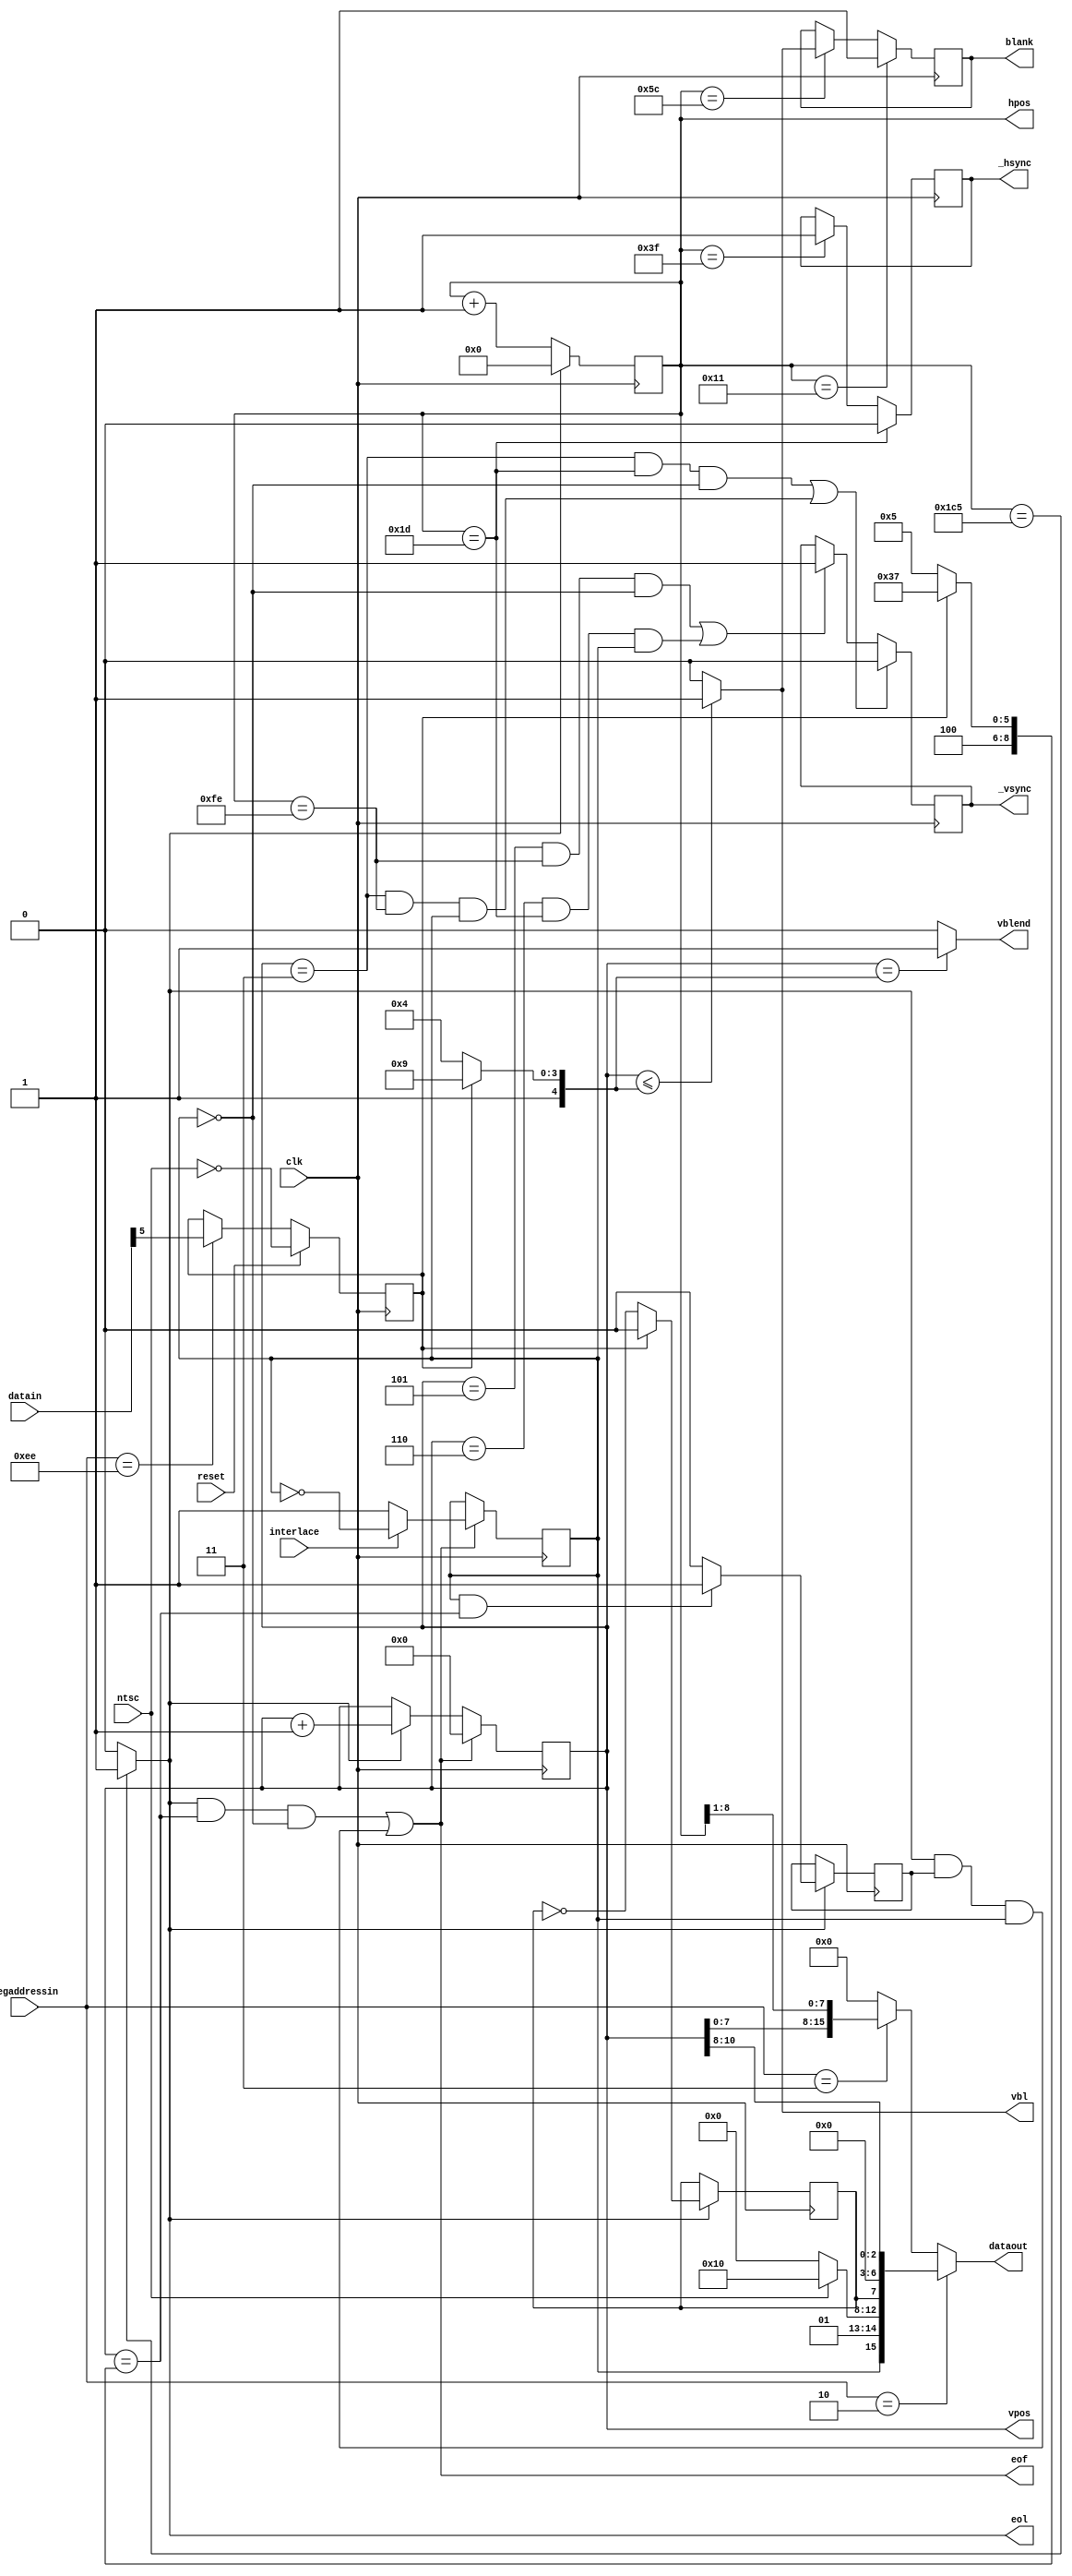
// Copyright 2006, 2007 Dennis van Weeren
//
// This file is part of Minimig
//
// Minimig is free software; you can redistribute it and/or modify
// it under the terms of the GNU General Public License as published by
// the Free Software Foundation; either version 3 of the License, or
// (at your option) any later version.
//
// Minimig is distributed in the hope that it will be useful,
// but WITHOUT ANY WARRANTY; without even the implied warranty of
// MERCHANTABILITY or FITNESS FOR A PARTICULAR PURPOSE.  See the
// GNU General Public License for more details.
//
// You should have received a copy of the GNU General Public License
// along with this program.  If not, see <http://www.gnu.org/licenses/>.
//
//JB:
// 2008-03-14		- moving beamcounter to a separate file
//					- pal/ntsc switching, NTSC doesn't use short/long line toggling,all lines are short like in PAL (227 CCK's)
//					- composite blanking use hblank which is combined with vblank

//beam counters and sync generator
module beamcounter
(
	input	clk,				//bus clock
	input	reset,				//reset
	input	interlace,			//interlace enable
	input	ntsc,				//ntsc mode switch
	input	[15:0]datain,		//bus data in
	output	reg [15:0]dataout,//bus data out
	input 	[8:1]regaddressin,//register address inputs
	output	reg [8:0]hpos,	//horizontal (low resolution) beam counter
	output	reg [10:0]vpos,	//vertical beam counter
	output	reg _hsync,		//horizontal sync
	output	reg _vsync,		//vertical sync
	output	blank,				//video blanking
	output	vbl,				//vertical blanking
	output	vblend,				//last line of vertival blanking
	output	eol,				//start of video line (active during last pixel of previous line) 
	output	eof					//start of video frame (active during last pixel of previous frame)
);


//local signals for beam counters and sync generator
reg		hblank;			//horizontal blanking
wire	vblank;			//vertical blanking

reg		lof;			//1=long frame (313 lines), 0=normal frame (312 lines)
reg		pal;			//pal mode switch
reg		lol;			//long line signal for NTSC compatibility

//register names and adresses		
parameter VPOSR = 9'h004;
parameter VHPOSR = 9'h006;
parameter BEAMCON0 = 9'h1DC;

parameter	hbstrt  = 17;			// horizontal blanking start
parameter	hsstrt  = 29;			// front porch = 1.6us (29)
parameter	hsstop  = 63;			// hsync pulse duration = 4.7us (63)
parameter	hbstop  = 92;			// back porch = 4.7us (103) shorter blanking for overscan visibility
parameter	hcenter = 254;			// position of vsync pulse during the long field of interlaced screen
parameter	htotal  = 453;			// line length = 227 colour clocks in PAL (in NTSC 227.5 colour clocks: not supported)
parameter	vsstrt  = 3;			//vertical sync start
parameter	vsstop  = 5;			// pal vsync width: 2.5 lines (NTSC: 3 lines - not implemented)
parameter	vbstrt  = 0;			//vertical blanking start

wire	[8:0]vtotal;		//total number of lines less one
wire	[8:0]vbstop;		//vertical blanking stop

assign	vtotal  = pal ? 312-1 : 262-1;	//total number of lines (PAL: 312 lines, NTSC: 262)
assign	vbstop  = pal ? 25 : 20;	//vertical blanking end (PAL 26 lines, NTSC vblank 21 lines)
//A4k test: first visible line $1A (PAL) or $15 (NTSC)
//sprites fetched on line $19 (PAL) or $14 (NTSC)

//--------------------------------------------------------------------------------------
//beamcounter read registers VPOSR and VHPOSR
always @(regaddressin or lof or vpos or hpos or ntsc)
	if(regaddressin[8:1]==VPOSR[8:1])
		dataout[15:0] = {lof,ntsc?7'h30:7'h20,lol,4'b0000,vpos[10:8]};
	else	if(regaddressin[8:1]==VHPOSR[8:1])
		dataout[15:0] = {vpos[7:0],hpos[8:1]};
	else
		dataout[15:0]=0;
		
//BEAMCON0 register
always @(posedge clk)
	if (reset)
		pal <= ~ntsc;
	else if (regaddressin[8:1] == BEAMCON0[8:1])
		pal <= datain[5];
		
//--------------------------------------------------------------------------------------

//horizontal beamcounter (runs @ clk frequency!)
always @(posedge clk)
	if (eol)
		hpos <= 0;
	else
		hpos <= hpos + 1;

//generate start of line signal
assign eol = hpos==htotal ? 1 : 0;

//long line signal (not used, only for better NTSC compatibility)
always @(posedge clk)
	if (eol)
		if (pal)
			lol <= 0;
		else
			lol <= ~lol;

//horizontal sync and horizontal blanking
always @(posedge clk)//sync
	if (hpos==hsstrt)//start of sync pulse (front porch = 1.69us)
		_hsync <= 0;
	else if (hpos==hsstop)//end of sync pulse	(sync pulse = 4.65us)
		_hsync <= 1;
		
always @(posedge clk)//blank
	if(hpos==hbstrt)//start of blanking (active line=51.88us)
		hblank <= 1;
	else if (hpos==hbstop)//end of blanking (back porch=5.78us)
		hblank <= vblank;

//--------------------------------------------------------------------------------------

//vertical beamcounter (triggered by eol signal from horizontal beamcounter)
always @(posedge clk)
	if (eof)
		vpos <= 0;
	else if (eol)
		vpos <= vpos + 1;

// lof - Long Frame signal
always @(posedge clk)
	if (eof)
		if (interlace)
			lof <= ~lof;	// interlace
		else
			lof <= 1;

reg	 xln;		//extra line (used in interlaced mode)
always @(posedge clk)
	if (eol)
		if (lof && vpos==vtotal)
			xln <= 1;
		else
			xln <= 0;
			
//generate end of frame signal
assign eof = (eol && vpos==vtotal && !lof) || (eol && xln && lof);

//vertical sync and vertical blanking
always @(posedge clk)
	if ((vpos==vsstrt && hpos==hsstrt && !lof) || (vpos==vsstrt && hpos==hcenter && lof))
		_vsync <= 0;
	else if ((vpos==vsstop && hpos==hcenter && !lof) || (vpos==vsstop+1 && hpos==hsstrt && lof))
		_vsync <= 1;


//vertical blanking end (last line)
assign vblend = vpos==vbstop ? 1 : 0;

assign vblank = vpos <= vbstop ? 1: 0;

//vbl output for sprite engine
assign vbl = vblank;

//--------------------------------------------------------------------------------------

//composite blanking
assign blank = hblank;

//--------------------------------------------------------------------------------------

endmodule